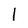
Character: l